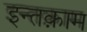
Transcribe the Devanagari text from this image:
इन्तक़ाम